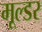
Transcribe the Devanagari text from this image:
मूल्डर